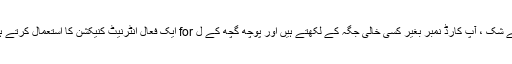
(بے شک ، آپ کارڈ نمبر بغیر کسی خالی جگہ کے لکھتے ہیں اور پوچھ گچھ کے ل for ایک فعال انٹرنیٹ کنیکشن کا استعمال کرتے ہیں۔